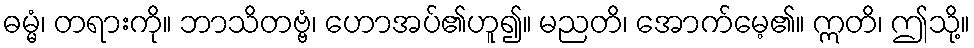
ဓမ္မံ၊ တရားကို။ ဘာသိတဗ္ဗံ၊ ဟောအပ်၏ဟူ၍။ မညတိ၊ အောက်မေ့၏။ ဣတိ၊ ဤသို့။